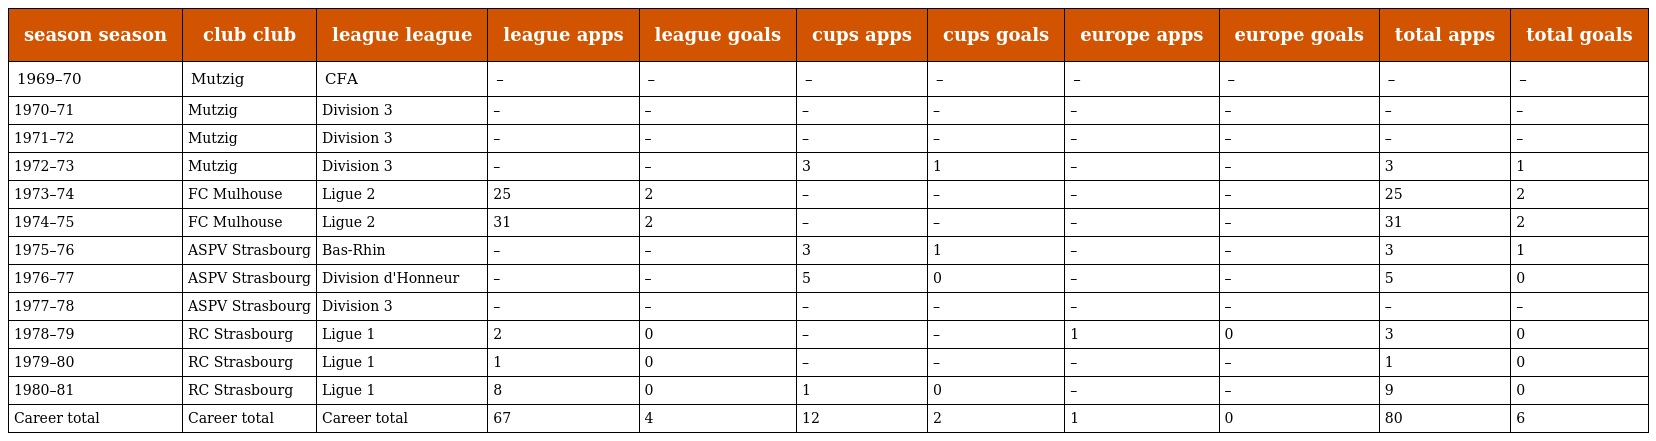
| season season | club club | league league | league apps | league goals | cups apps | cups goals | europe apps | europe goals | total apps | total goals |
 | --- | --- | --- | --- | --- | --- | --- | --- | --- | --- | --- |
 | 1969–70 | Mutzig | CFA | – | – | – | – | – | – | – | – |
 | 1970–71 | Mutzig | Division 3 | – | – | – | – | – | – | – | – |
 | 1971–72 | Mutzig | Division 3 | – | – | – | – | – | – | – | – |
 | 1972–73 | Mutzig | Division 3 | – | – | 3 | 1 | – | – | 3 | 1 |
 | 1973–74 | FC Mulhouse | Ligue 2 | 25 | 2 | – | – | – | – | 25 | 2 |
 | 1974–75 | FC Mulhouse | Ligue 2 | 31 | 2 | – | – | – | – | 31 | 2 |
 | 1975–76 | ASPV Strasbourg | Bas-Rhin | – | – | 3 | 1 | – | – | 3 | 1 |
 | 1976–77 | ASPV Strasbourg | Division d'Honneur | – | – | 5 | 0 | – | – | 5 | 0 |
 | 1977–78 | ASPV Strasbourg | Division 3 | – | – | – | – | – | – | – | – |
 | 1978–79 | RC Strasbourg | Ligue 1 | 2 | 0 | – | – | 1 | 0 | 3 | 0 |
 | 1979–80 | RC Strasbourg | Ligue 1 | 1 | 0 | – | – | – | – | 1 | 0 |
 | 1980–81 | RC Strasbourg | Ligue 1 | 8 | 0 | 1 | 0 | – | – | 9 | 0 |
 | Career total | Career total | Career total | 67 | 4 | 12 | 2 | 1 | 0 | 80 | 6 |